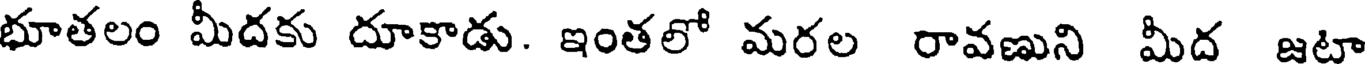
భూతలం మీదకు దూకాడు. ఇంతలో మరల రావణుని మీద జటా